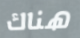
هناك